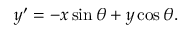
y ^ { \prime } = - x \sin \theta + y \cos \theta .